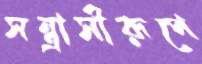
সন্ত্রাসীরূপে